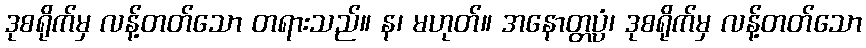
ဒုစရိုက်မှ လန့်တတ်သော တရားသည်။ န၊ မဟုတ်။ အနောတ္တပ္ပံ၊ ဒုစရိုက်မှ လန့်တတ်သော